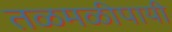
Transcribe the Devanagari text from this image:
तळमळीपायी